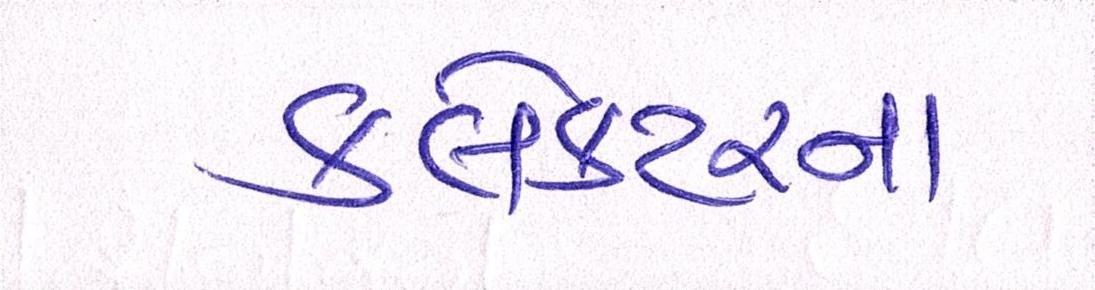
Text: કલેકટરનાં